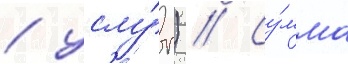
/ услу́г) // Су́мма